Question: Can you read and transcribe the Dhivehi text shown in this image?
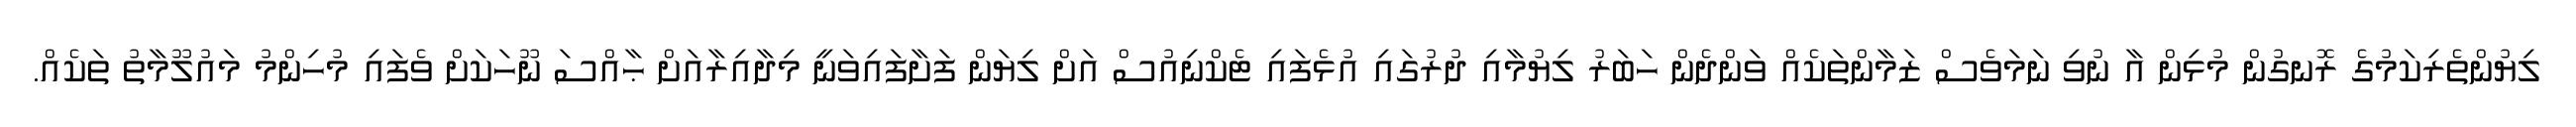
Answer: ލިޔުންތެރިކަމުގެ ރޮނގުން މުޅިން އާ ނުވި ނަމަވެސް ޒަމާންތަކެއް ވަންދެން ހަބަރު ލިޔުމާއި ދުރުގައި އުޅެފައި ޓެކްނިއުސް އަށް ލިޔަން ފަށާފައިވަނީ މިދާއިރާއަށް ޙާއްސަ ނޫހަކަށް ވެފައި މުހިންމު މައުލޫމާތު ތަކެއް.